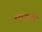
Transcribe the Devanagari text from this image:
शरद्वती